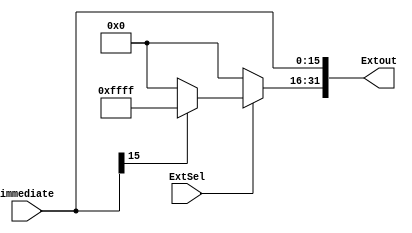
`timescale 1ns / 1ps
//////////////////////////////////////////////////////////////////////////////////
// Company: 
// Engineer: 
// 
// Design Name: 
// Module Name: SignZeroExtend
// Project Name: 
// Target Devices: 
// Tool Versions: 
// Description: 
// 
// Dependencies: 
// 
// Revision:
// Revision 0.01 - File Created
// Additional Comments:
// 
//////////////////////////////////////////////////////////////////////////////////

    module SignZeroExtend(immediate, ExtSel, Extout);
        input [15:0] immediate; // 
        input ExtSel; // 
        output wire [31:0] Extout; //  
        
        assign Extout[15:0] = immediate; // 16
        // ExtSel1ExtSel0
        assign Extout[31:16] = ExtSel? (immediate[15]? 16'hffff : 16'h0000) : 16'h0000;
    endmodule